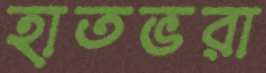
হাতভরা